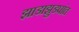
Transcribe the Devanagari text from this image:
झाडाझुडपांत